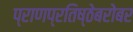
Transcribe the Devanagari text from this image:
प्राणप्रतिष्ठेबरोबर